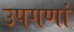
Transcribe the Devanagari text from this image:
उपगणां